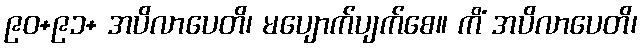
၉၀+၉၁+ အပိလာပေတိ၊ မပျောက်ပျက်စေ။ ကိံ အပိလာပေတိ၊